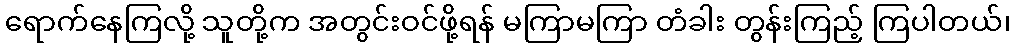
ရောက်နေကြလို့ သူတို့က အတွင်းဝင်ဖို့ရန် မကြာမကြာ တံခါး တွန်းကြည့် ကြပါတယ်၊